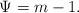
LaTeX: \begin{align*}\,\Psi=m-1.\end{align*}